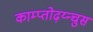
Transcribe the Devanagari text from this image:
काम्प्तोढ़य्न्चुस